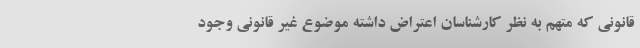
قانونی که متهم به نظر کارشناسان اعتراض داشته موضوع غیر قانونی وجود